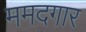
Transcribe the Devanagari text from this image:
ममदगार